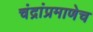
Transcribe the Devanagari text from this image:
चंद्रांप्रमाणेच